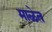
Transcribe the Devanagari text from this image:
माळेत